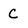
Character: C